Report on vaccination North-West Frontier Province 1904-1922 - 1904-1922
Year: 1904
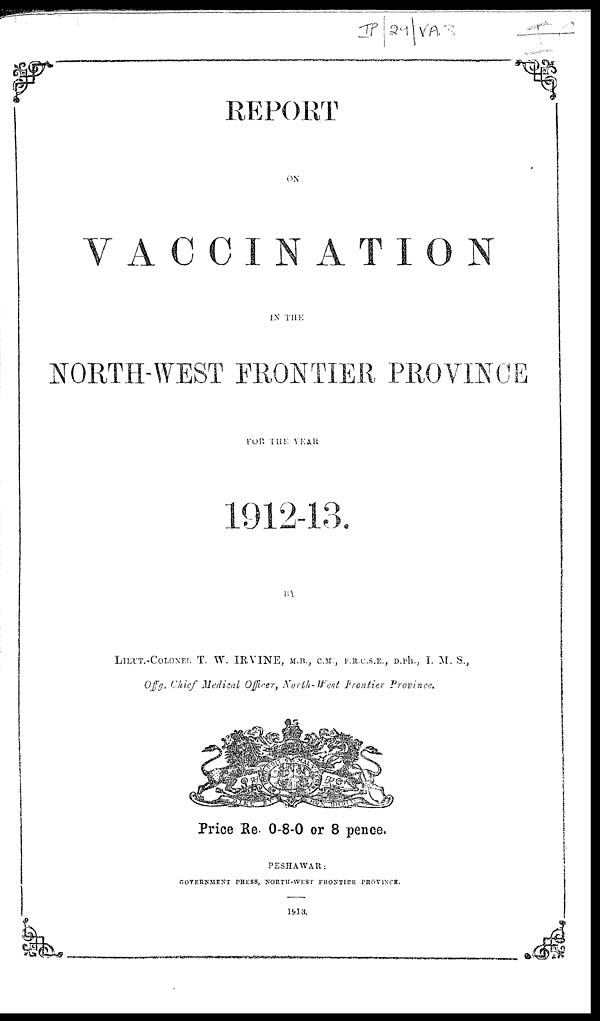
REPORT
ON
VACCINATION
IN THE
NORTH-WEST FRONTIER PROVINCE
FOR THE YEAR
1912-13.
BY
LIEUT.-COLONEL T. W. IRVINE, M.B., C.M., F.R.C.S.E., D.P.H., I. M. S.,
Offg. Chief Medical Officer, North-Weest Frontier Province.
Price Re. 0-8-0 or 8 pence.
PESHAWAR:
GOVERNMENT PRESS, NORTH-WEST FRONTIER PROVINCE.
1913.